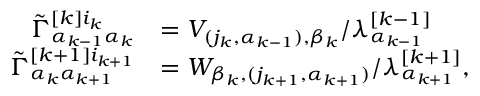
\begin{array} { r l } { \Tilde { \Gamma } _ { \alpha _ { k - 1 } \alpha _ { k } } ^ { [ k ] i _ { k } } } & { = V _ { ( j _ { k } , \alpha _ { k - 1 } ) , \beta _ { k } } / \lambda _ { \alpha _ { k - 1 } } ^ { [ k - 1 ] } } \\ { \Tilde { \Gamma } _ { \alpha _ { k } \alpha _ { k + 1 } } ^ { [ k + 1 ] i _ { k + 1 } } } & { = W _ { \beta _ { k } , ( j _ { k + 1 } , \alpha _ { k + 1 } ) } / \lambda _ { \alpha _ { k + 1 } } ^ { [ k + 1 ] } , } \end{array}